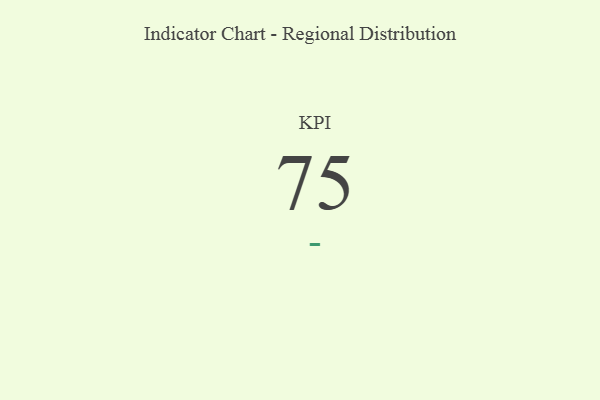
{"axis": {"x": "KPI", "y": "Value"}, "legend": [""], "data": [{"x": "KPI", "y": 75, "type": ""}]}